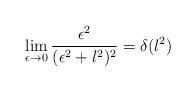
LaTeX: \begin{align*}\lim_{\epsilon\to 0}\frac{\epsilon^2}{(\epsilon^2+l^2)^2}=\delta(l^2)\end{align*}